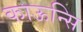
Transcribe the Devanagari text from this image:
काऊन्सि